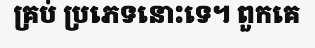
គ្រប់ ប្រភេទនោះទេ។ ពួកគេ